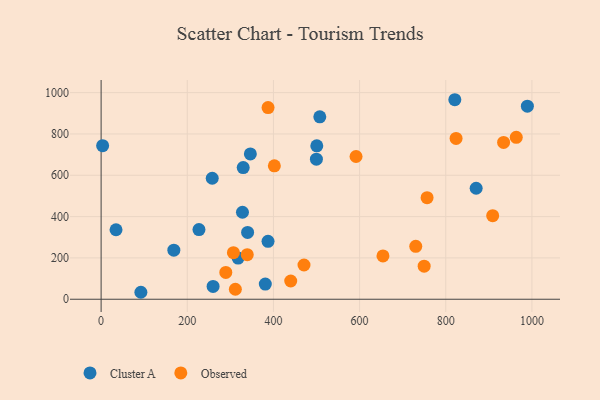
{"axis": {"x": "Experience", "y": "Sales"}, "legend": ["Cluster A", "Observed"], "data": [{"x": "34.6", "y": 336.3, "type": "Cluster A"}, {"x": "821.0", "y": 965.7, "type": "Cluster A"}, {"x": "328.1", "y": 421.1, "type": "Cluster A"}, {"x": "318.0", "y": 199.3, "type": "Cluster A"}, {"x": "227.1", "y": 337.2, "type": "Cluster A"}, {"x": "259.9", "y": 62.2, "type": "Cluster A"}, {"x": "3.5", "y": 743.1, "type": "Cluster A"}, {"x": "381.1", "y": 73.4, "type": "Cluster A"}, {"x": "500.6", "y": 742.4, "type": "Cluster A"}, {"x": "329.8", "y": 637.5, "type": "Cluster A"}, {"x": "499.7", "y": 677.9, "type": "Cluster A"}, {"x": "92.3", "y": 33.7, "type": "Cluster A"}, {"x": "870.5", "y": 537.2, "type": "Cluster A"}, {"x": "168.8", "y": 237.3, "type": "Cluster A"}, {"x": "387.4", "y": 280.5, "type": "Cluster A"}, {"x": "989.4", "y": 934.4, "type": "Cluster A"}, {"x": "346.4", "y": 703.2, "type": "Cluster A"}, {"x": "340.0", "y": 323.6, "type": "Cluster A"}, {"x": "257.9", "y": 585.7, "type": "Cluster A"}, {"x": "507.6", "y": 882.9, "type": "Cluster A"}, {"x": "402.1", "y": 645.9, "type": "Observed"}, {"x": "440.1", "y": 88.3, "type": "Observed"}, {"x": "730.3", "y": 256.0, "type": "Observed"}, {"x": "756.6", "y": 491.6, "type": "Observed"}, {"x": "823.9", "y": 778.3, "type": "Observed"}, {"x": "307.1", "y": 225.4, "type": "Observed"}, {"x": "908.9", "y": 404.5, "type": "Observed"}, {"x": "963.6", "y": 783.9, "type": "Observed"}, {"x": "591.7", "y": 690.9, "type": "Observed"}, {"x": "749.8", "y": 159.8, "type": "Observed"}, {"x": "470.9", "y": 165.6, "type": "Observed"}, {"x": "289.4", "y": 129.6, "type": "Observed"}, {"x": "654.2", "y": 209.7, "type": "Observed"}, {"x": "339.2", "y": 215.9, "type": "Observed"}, {"x": "934.2", "y": 759.0, "type": "Observed"}, {"x": "387.5", "y": 927.5, "type": "Observed"}, {"x": "311.6", "y": 48.4, "type": "Observed"}]}